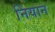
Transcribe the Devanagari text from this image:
नियान